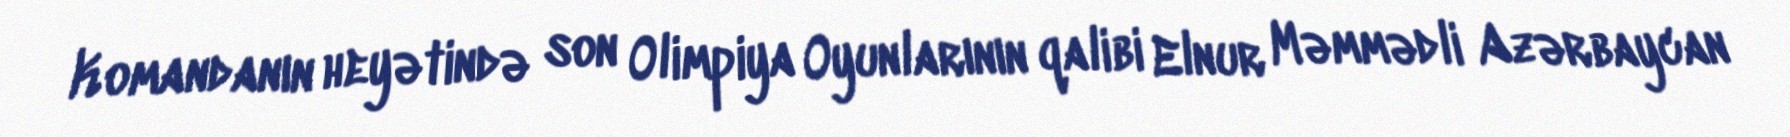
Komandanın heyətində son Olimpiya Oyunlarının qalibi Elnur Məmmədli Azərbaycan